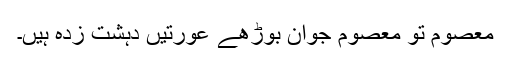
معصوم تو معصوم جوان بوڑھے عورتیں دہشت زدہ ہیں۔